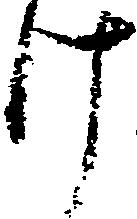
け